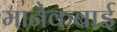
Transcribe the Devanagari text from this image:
मानेकबाई